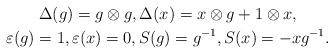
LaTeX: \begin{gather*} \Delta(g) = g \otimes g, \Delta(x) = x \otimes g + 1 \otimes x, \\ \varepsilon(g) = 1, \varepsilon(x) = 0, S(g) = g^{-1}, S(x) = - x g^{-1}. \end{gather*}